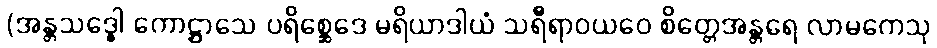
(အန္တသဒ္ဓေါ ကောဋ္ဌာသေ ပရိစ္ဆေဒေ မရိယာဒါယံ သရီရာဝယဝေ စိတ္တေအန္တရေ လာမကေသု